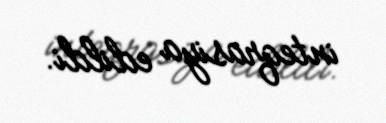
inteqrasiya edildi.